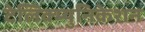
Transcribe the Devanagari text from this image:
टेलिक्म्युनिकेशन